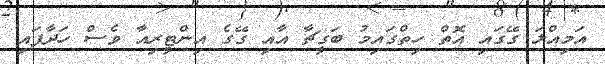
އަމިއްލަ ގޭގައި އޮތް ހިތްގައިމު ބަގީޗާ އާއި ގޭގެ އިންޓީރިއާ ވެސް ހަދާފައި